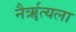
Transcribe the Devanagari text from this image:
नैर्ॠत्यला